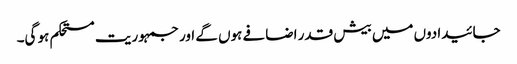
جائیدادوں میں بیش قدر اضافے ہوں گے اور جمہوریت مستحکم ہو گی۔